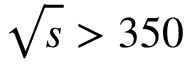
\sqrt { s } > 3 5 0